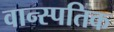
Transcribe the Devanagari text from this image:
वान्स्पतिक